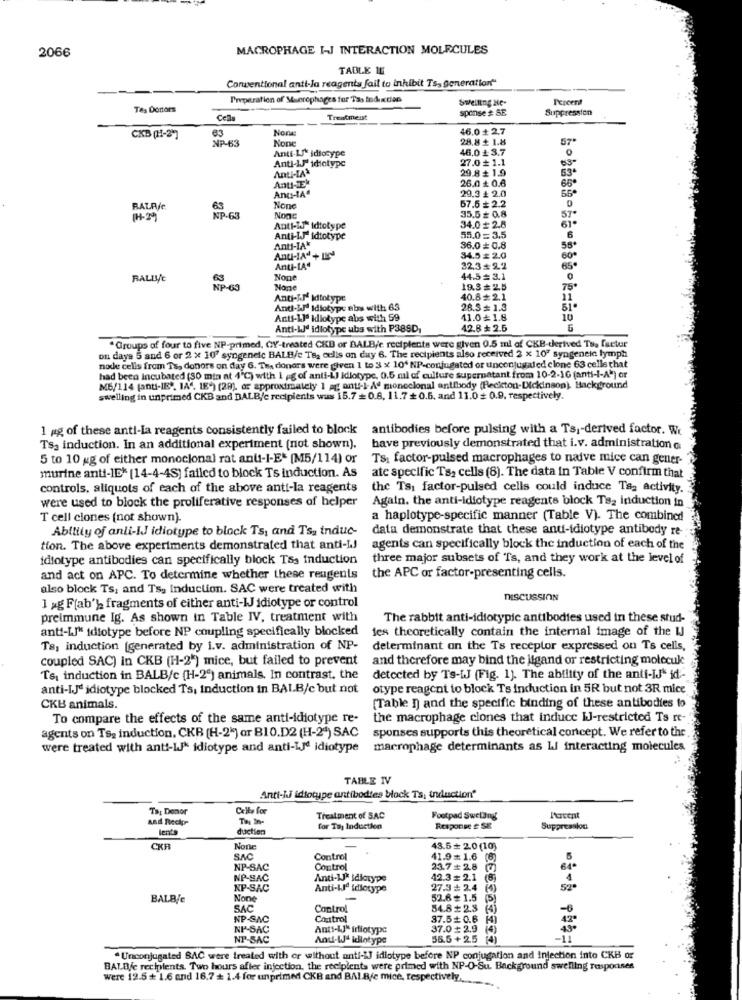
2066
MACROPHAGE I-J INTERACTION MOLECULES
TABLE IL
Conventional anti-Ja reagents fail to inhibit Ts, generation"
Preparation of Muerephages for Tas todextien
Percent
Tes Dortors
Swelling Ne-
sponse # SE
Suppression
Cells
Treatment
63
Non
46.0 + 2.7
CKB (H-2]
28.8 $ 1.8
57
NP-63
Anti-L' idiocype
46.0 ₺ 3.7
0
Anti-IJ" idiotype
27.0₺ 1.1
63
Anti-IA
29.8+ 1.9
26.0 ₺ 0.6
65ª
Anti-E
29.3 + 2.0
56
Anu-IAª
67.5 # 2.2
RATAje
63
NP-63
Nonc
35.5# 0.8
57
61.
Anti-W" Idtotype
34.0 # 2.8
Anti-IJ idtotype
55.0 = 3.5
6
Anti-IA"
36.0 0.8
Anti-Ad + IK4
34.5 = 2.0
60
Anti-LAª
32.3+2.2
65
RALLYE
44.5= 3.1
SP-69
19.3# 2.5
75*
Anti-J.M Idtotype
40.8# 2.1
Anti-LI Idiotype abs with 63
26.3= 1.3
51.
Anti-Lle kdiotype abs with 59
11.0 1.8
10
Anti-LJ' idlotype ubs with P38SD
42.8 ₺ 2.5
" Groups of four to five NP-primed, CY-treated CKD or BALB/c recipients were given 0.5 ml of CKB-derived Tua factur
ou daya 5 and 6 or 2 x 107 syngenelc BALB/c Ts2 cells on day 6. The recipients also received 2 x 107 syngenele lymph
node celis from Ts, donors on day 6. The donors were given 1 to 3 x 10' NP-conjugated or unconjugated clone 63 celle that
had been incubated (30 min at 4'℃) with i ,g of anti-L) idlotype. 0.5 ml of culture supernatant from 10-2-16 (anti-I-A-) or
M6/114 [anti-IE", IA". 18*) (29). or approximately 1 af anti-)- Aº monoclonal antibody (Redicton-Dickinson). Background
swelling in unprimed CKB and DALB/c recipients was 15.7 =0.8. 11.7 +0.6, and 11.0 0.9, respectively.
1 ag of these anti-la reagents consistently failed to block
antibodies before pulsing with a Ts ,- derived factor. Wc
Tsa induction. In an additional experiment (not shown).
have previously demonstrated that i.v. administration a
5 to 10 gg of either monoclonal rat anti-I-Et (M5/114) or
Ts: factor-pulsed macrophages to naive mice can gener-
murine anti-IE* (14-4-4S) failed to block Ts induction. As
ate specific Ts, cells (8). The data in Table V confirm that
controls. aliquots of each of the above anti-la reagents
the Ts1 factor-pulsed cells could induce Tag activity.
were used to block the proliferative responses of helper
Again. the anti-idiotype reagente block Ts2 induction in
T cell ciones (not shown).
a haplotype-specific manner (Table V). The combined
Ability of anli-IJ idiotype to block Ts, and Ts. induc-
data demonstrate that these anti-idiotype antibody re-
tion. The above experiments demonstrated that anti-LJ
agents can specifically block the induction of each of the
idtotype antibodies can specifically block T&s induction
three major subsets of Ts, and they work at the level of
the APC or factor-presenting cells.
and act on APC. To determine whether these reagents
also block Ts, and Ts. Induction. SAC were treated with
THSCUSSION
1 xg F(ab'] fragments of either anti-IJ idiotype or control
preimmune Ig. As shown in Table IV, treatment with
The rabbit anti-idiotypic antibodies used in these stud-
anti-LJ" idiotype before NP coupling specifically blocked
des theoretically contain the internal image of the IJ
Ta, induction [generated by i.v. administration of NP-
determinant on the Ts receptor expressed on Ts cells,
coupled SAC) in CKB (H-2") mice, but failed to prevent
and therefore may bind the ligand or restricting molecule
Ts, induction in BALB/c [H-2") animals. In contrast, the
detected by Ts-W (Fig. 1). The ability of the anti-IJ" id-
anti-IJdidiotype blocked Ts, induction in BALB/c but not
otype reagent to block Ts Induction in 5R but not 3R mice
CKB animals.
(Table ]) and the specific binding of these antibodies to
To compare the effects of the same anti-iciotype re-
the macrophage ciones that induce IJ-restricted Ts re-
agents on Ts. induction, CKB (H-2") or B10.D2 (H-2ª) SAC
sponses supports this theoretical concept. We refer to the
were treated with anti- idiotype and anti-ije idiotype macrophage determinants as i interacting molecules.
TABLE IV
Anti-Li idiotype antibodies block Ts, induction"
Ta: Donor
and Recipe
Treatment of SAC
Footpad Swelling
lento
duction
for Tuy Induction
Response e SE
Suppression
CKR
43.5+ 2.0(10)
SAC
Control
41.9 1.6
NP-SAC
Control
23.7 # 2.8 7)
NP-SAC
Anti-1 idiotype
42.3= 2.1
4
NP-SAC
Anti-LIª idiotype
27.3 + 2.4 (4)
BALB/c
52.6 = 1.5 (5)
SAC
Control
54.8 + 2.3
NP-SAC
Control
37.6+ 0.6
NP-SAC
Anti-LJ* friotype
37.0 # 2,9
NP-SAC
And-W- idlotype
35.5+2.5
"Unconjugated SAC were treated with or without anti-i] idiotype before NP conjugation and injection into CKB or
BALEje recipients. Two hours after injection, the recipients were primed with NP-O-Su. Background swelling responses
were 12.5 + 1.6 and 16.7 + 1.4 for unprimed CKB and BALBje mice, respectively ...